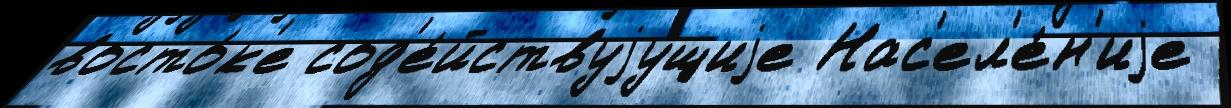
восто́к'е сод'е́йствуjущиjе Нас'ел'е́н'иjе